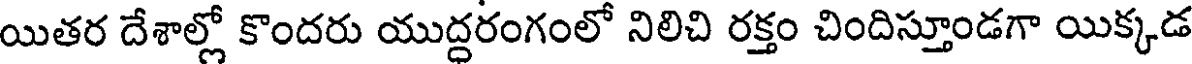
యితర దేశాల్లో కొందరు యుద్దరంగంలో నిలిచి రక్తం చిందిస్తూండగా యిక్కడ